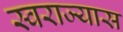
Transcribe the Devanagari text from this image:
स्वराज्यास